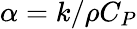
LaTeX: \alpha={k/\rho C_{P}}